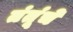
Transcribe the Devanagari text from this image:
तंतूंचे